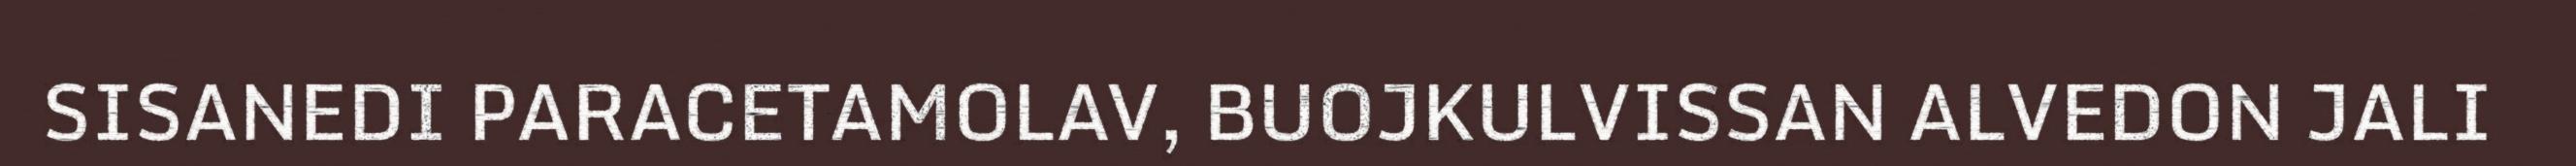
SISANEDI PARACETAMOLAV, BUOJKULVISSAN ALVEDON JALI